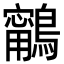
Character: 𪆢